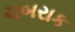
ચબરાક